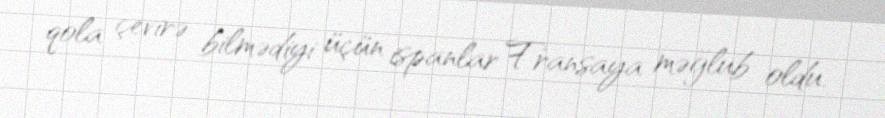
qola çevirə bilmədiyi üçün ispanlar Fransaya məğlub oldu.